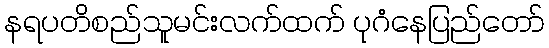
နရပတိစည်သူမင်းလက်ထက် ပုဂံနေပြည်တော်